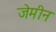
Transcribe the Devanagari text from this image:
जेमीन